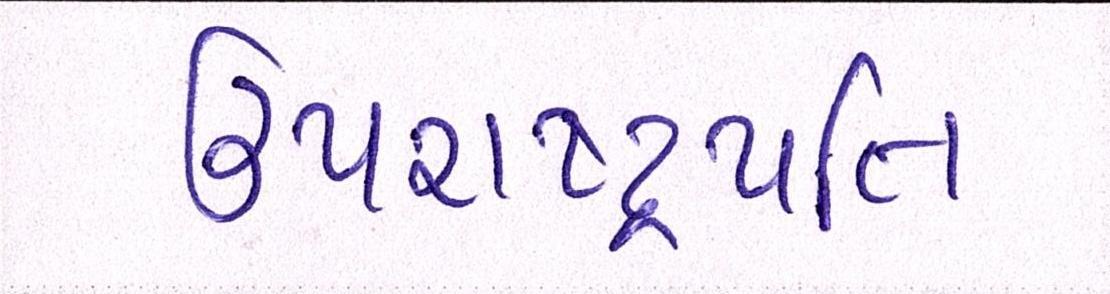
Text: ઉપરાષ્ટ્રપતિ